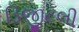
ડિજીટલી